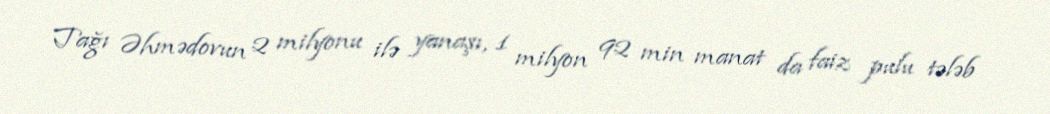
Tağı Əhmədovun 2 milyonu ilə yanaşı, 1 milyon 92 min manat da faiz pulu tələb